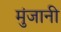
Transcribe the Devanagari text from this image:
मुंजानी